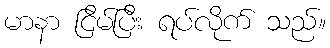
မာနာ ငြိမ်ပြီး ရပ်လိုက် သည်။